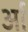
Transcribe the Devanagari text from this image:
र्आ